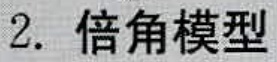
2. 倍角模型